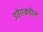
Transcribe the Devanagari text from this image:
उतेराकडील